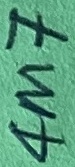
Text: 4M7